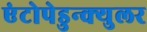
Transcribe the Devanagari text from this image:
एंटोपेडुन्क्युलर